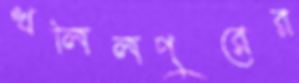
খলিলপুরের